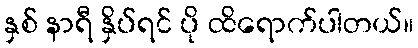
နှစ် နာရီ နှိပ်ရင် ပို ထိရောက်ပါတယ်။